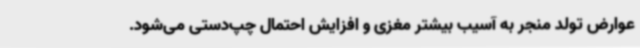
عوارض تولد منجر به آسیب بیشتر مغزی و افزایش احتمال چپ‌دستی می‌شود.